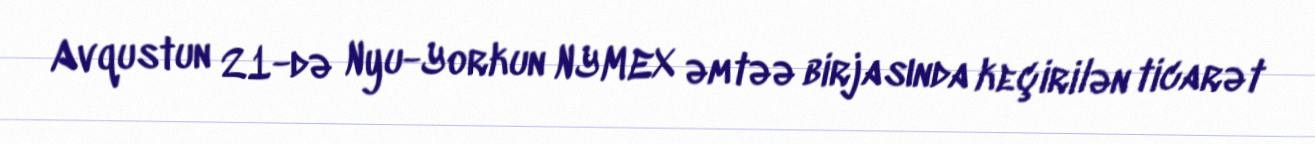
Avqustun 21-də Nyu-Yorkun NYMEX əmtəə birjasında keçirilən ticarət